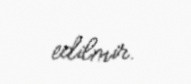
edilmir.